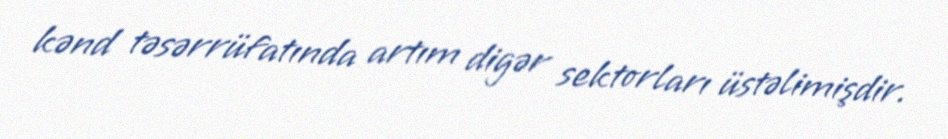
kənd təsərrüfatında artım digər sektorları üstəlimişdir.